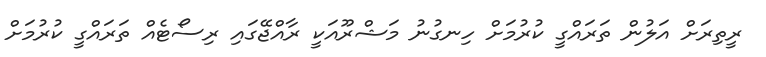
ރީތިރަށް އަލުން ތަރައްގީ ކުރުމަށް ހިނގުނު މަޝްރޫއަކީ ރާއްޖޭގައި ރިސޯޓެއް ތަރައްގީ ކުރުމަށް